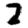
Digit: 2